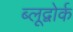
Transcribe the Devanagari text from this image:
ब्लूद्वोर्क